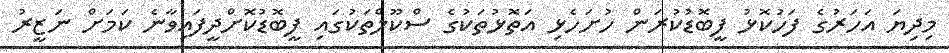
މިދިޔަ އަހަރުގެ ފަހުކޮޅު ފީބޮޑުކުރަން ހުށަހެޅި އަތޮޅުތަކުގެ ސްކޫލްތަކުގައި ފީބޮޑުކޮށްދީފައިވާނެ ކަމަށް ނަޒީރު